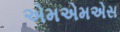
એમએમએસ